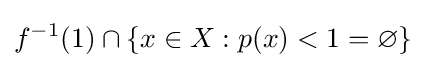
f^{-1}(1)\cap \{x\in X:p(x)<1=\varnothing \}